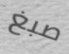
صبغ